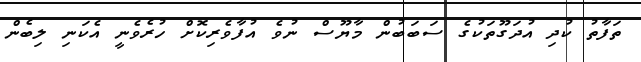
ތަފާތު ކުދި އުދަގޫތަކުގެ ސަބަބުން މާޔޫސް ނުވެ އުފާވެރިކޮށް ހުރެވެނީ އެކަނި ލިބެން